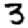
Digit: 3